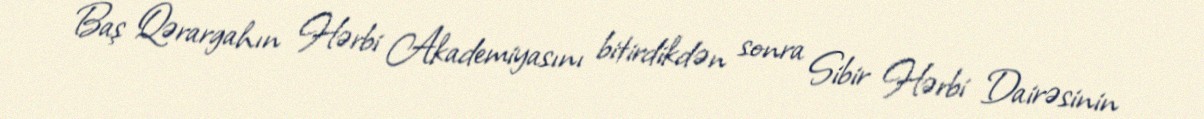
Baş Qərargahın Hərbi Akademiyasını bitirdikdən sonra Sibir Hərbi Dairəsinin